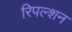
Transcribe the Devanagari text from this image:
रिपल्शन